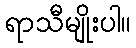
ရာသီမျိုးပါ။